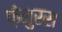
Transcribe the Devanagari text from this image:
फ़ेनुरस